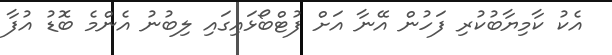
އެކު ކާމިޔާބުކުރި ފަހުން އޭނާ އަށް ފުޓްބޯޅައިގައި ލިބުނު އެންމެ ބޮޑު އުފާ